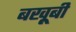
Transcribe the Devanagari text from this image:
बखू़बी